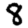
Digit: 8